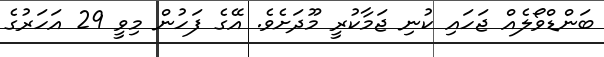
ބަންޑްވޯލެއް ޖަހައި ކުނި ޖަމާކުރީ މޫދަށެވެ. އޭގެ ފަހުން މިވީ 29 އަހަރުގެ